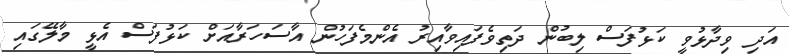
އަދި ވިދާޅުވީ ކަޅުފަސް ލިބުން ދަތިވެފައިވާއިރު އެންމެފަހުން އާސަހަރާއަށް ކަޅުފަސް އެޅީ މާލޭގައި